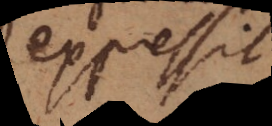
expressit